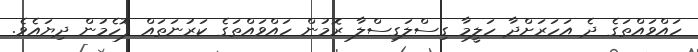
ހައްވައްތަގެ ދެ އަހަރަށްދާ ހަލީމާ ގިސްލަގިސްލާ ރޮމުން ހައްވައްތަގެ ކަރުނަތައް ފޮހެމުން ދިޔައެވެ.